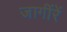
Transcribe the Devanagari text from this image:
जागींरें